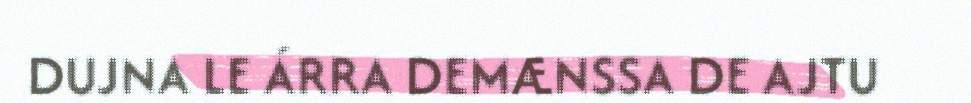
DUJNA LE ÁRRA DEMÆNSSA DE AJTU